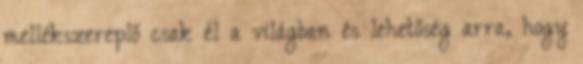
mellékszereplő csak él a világban és lehetőség arra, hogy